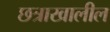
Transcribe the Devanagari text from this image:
छत्राखालील